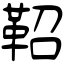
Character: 鞀